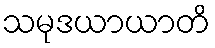
သမုဒယာယာတိ